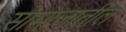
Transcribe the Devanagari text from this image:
सामाजातील